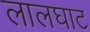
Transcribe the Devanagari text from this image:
लालघाट